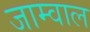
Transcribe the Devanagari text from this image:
जाम्वाल